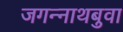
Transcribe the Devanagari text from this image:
जगन्‍नाथबुवा